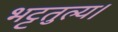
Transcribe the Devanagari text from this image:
भट्टतुल्य।